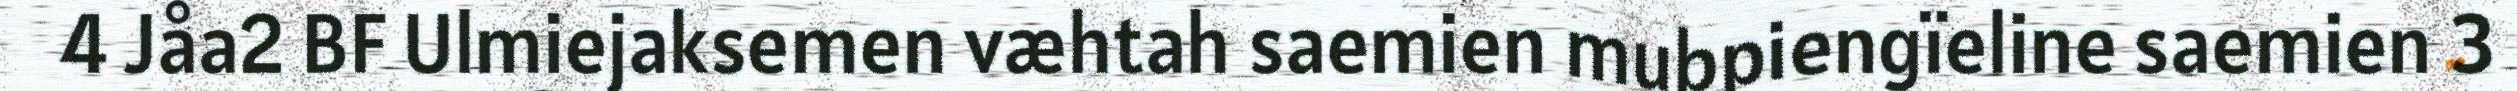
4 Jåa2 BF Ulmiejaksemen væhtah saemien mubpiengïeline saemien 3